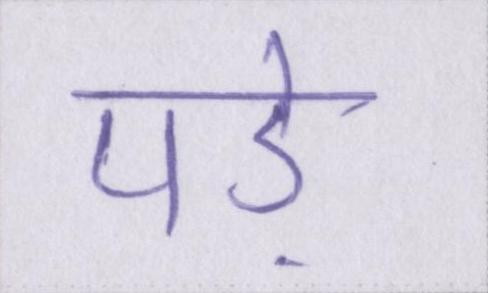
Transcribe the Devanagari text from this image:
पड़े